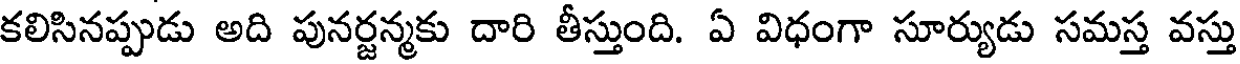
కలిసినప్పుడు అది పునర్జన్మకు దారి తీస్తుంది. ఏ విధంగా సూర్యుడు సమస్త వస్తు